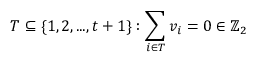
T \subseteq \{ 1 , 2 , . . . , t + 1 \} : \sum _ { i \in T } v _ { i } = 0 \in \mathbb { Z } _ { 2 }